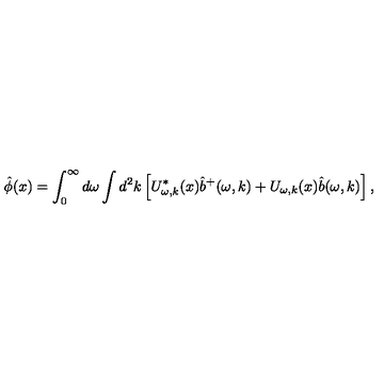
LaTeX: \hat { \phi } ( x ) = \int _ { 0 } ^ { \infty } d \omega \int d ^ { 2 } k \left[ U _ { \omega , k } ^ { * } ( x ) \hat { b } ^ { + } ( \omega , k ) + U _ { \omega , k } ( x ) \hat { b } ( \omega , k ) \right] ,